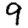
Digit: 9